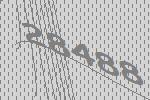
28488